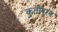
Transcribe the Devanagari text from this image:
कुतीपुरम